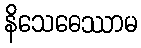
နိသေဓေဿာမ